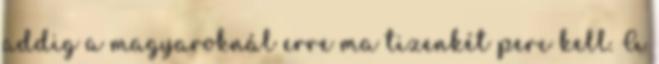
addig a magyaroknál erre ma tizenkét perc kell. A